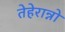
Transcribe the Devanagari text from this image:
तेहेरान्नो